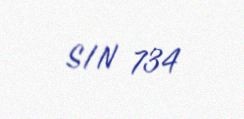
S/N 734